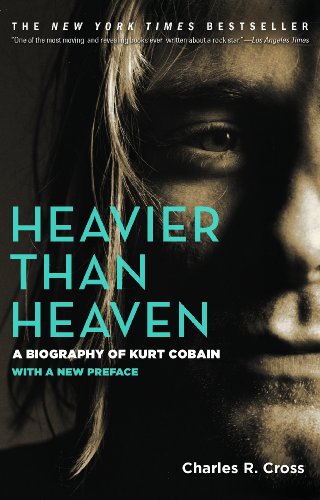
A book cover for Heavier Than Heaven: A Biography of Kurt Cobain; Charles R. Cross; Biographies & Memoirs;